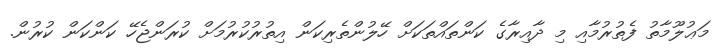
މަޢުލޫމާތު ފެތުރުމާއި މި ދާއިރާގެ ކަންތައްތަކަށް ހޭލުންތެރިކަން އިތުރުކުރުމަށް ކުރަންޖެހޭ ކަންކަން ކުރުން.